Civil Veterinary Department. United Provinces 1923-31 - 1923-1931
Year: 1923
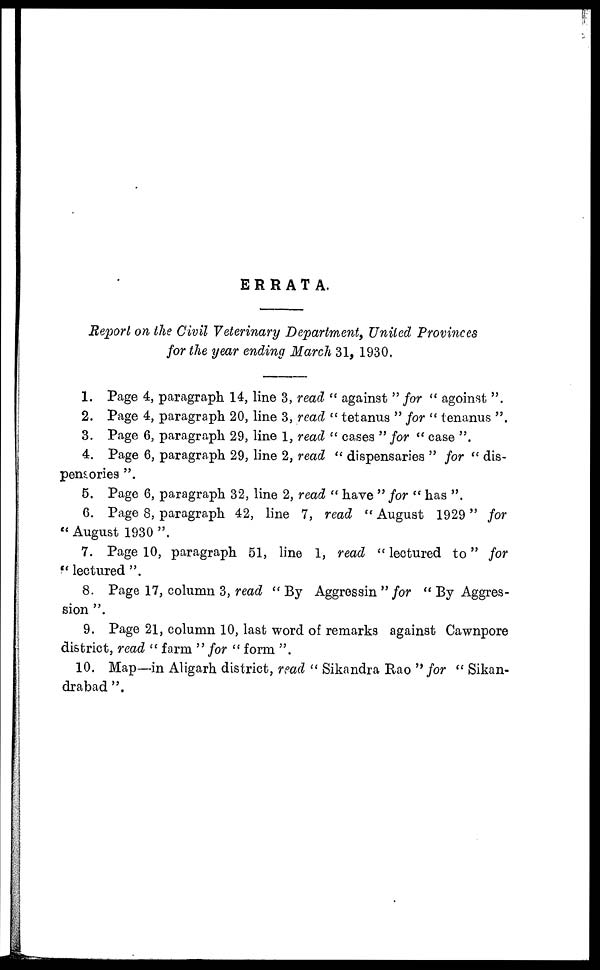
ERRATA.
Report on the Civil Veterinary Department, United Provinces
for the year ending March 31, 1930,
1. Page 4, paragraph 14, line 3, read "against" for
"agoinst".
2. Page 4, paragraph 20, line 3, read " tetanus" for "tenanus".
3. Page 6, paragraph 29, line 1, read "cases" for "case".
4. Page 6, paragraph 29, line 2, read "dispensaries"
for "dis-
pensories".
5. Page 6, paragraph 32, line 2, read "have" for "has".
6. Page 8, paragraph 42, line 7, read "August 1929" for
"August 1930".
7. Page 10, paragraph 51, line 1, read "lectured to" for
"lectured".
8. Page 17, column 3, read "By Aggressin" for "By Aggres-
sion".
9. Page 21, column 10, last word of remarks against Cawnpore
district, read "farm" for "form".
10. Map—in Aligarh district, read "Sikandra Rao "for"
Sikan-
drabad".